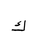
Letter: _kaf